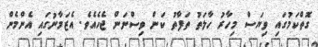
ގޮތްކަމުގައި ވިޔަސް މިހާރު ހާލަތު ތަފާތު ކަން ވިސްނަން ޖެހެއެވެ. އެޒަމާނުގައި އެންމެން